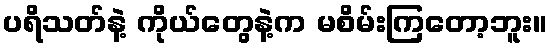
ပရိသတ်နဲ့ ကိုယ်တွေနဲ့က မစိမ်းကြတော့ဘူး။